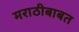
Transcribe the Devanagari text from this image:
मराठीबाबत